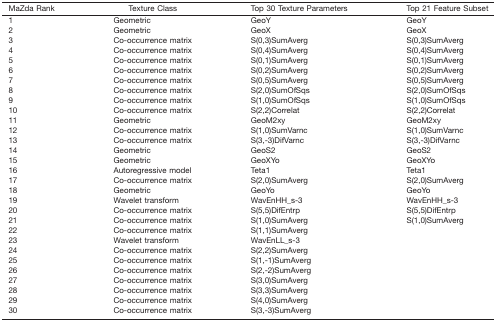
| MaZda Rank | Texture Class | Top 30 Texture Parameters | Top 21 Feature Subset |
 | --- | --- | --- | --- |
 | 1 | Geometric | GeoY | GeoY |
 | 2 | Geometric | GeoX | GeoX |
 | 3 | Co‐occurrence matrix | S(0,3)SumAverg | S(0,3)SumAverg |
 | 4 | Co‐occurrence matrix | S(0,4)SumAverg | S(0,4)SumAverg |
 | 5 | Co‐occurrence matrix | S(0,1)SumAverg | S(0,1)SumAverg |
 | 6 | Co‐occurrence matrix | S(0,2)SumAverg | S(0,2)SumAverg |
 | 7 | Co‐occurrence matrix | S(0,5)SumAverg | S(0,5)SumAverg |
 | 8 | Co‐occurrence matrix | S(2,0)SumOfSqs | S(2,0)SumOfSqs |
 | 9 | Co‐occurrence matrix | S(1,0)SumOfSqs | S(1,0)SumOfSqs |
 | 10 | Co‐occurrence matrix | S(2,2)Correlat | S(2,2)Correlat |
 | 11 | Geometric | GeoM2xy | GeoM2xy |
 | 12 | Co‐occurrence matrix | S(1,0)SumVarnc | S(1,0)SumVarnc |
 | 13 | Co‐occurrence matrix | S(3,‐3)DifVarnc | S(3,‐3)DifVarnc |
 | 14 | Geometric | GeoS2 | GeoS2 |
 | 15 | Geometric | GeoXYo | GeoXYo |
 | 16 | Autoregressive model | Teta1 | Teta1 |
 | 17 | Co‐occurrence matrix | S(2,0)SumAverg | S(2,0)SumAverg |
 | 18 | Geometric | GeoYo | GeoYo |
 | 19 | Wavelet transform | WavEnHH_s‐3 | WavEnHH_s‐3 |
 | 20 | Co‐occurrence matrix | S(5,5)DifEntrp | S(5,5)DifEntrp |
 | 21 | Co‐occurrence matrix | S(1,0)SumAverg | S(1,0)SumAverg |
 | 22 | Co‐occurrence matrix | S(1,1)SumAverg |  |
 | 23 | Wavelet transform | WavEnLL_s‐3 |  |
 | 24 | Co‐occurrence matrix | S(2,2)SumAverg |  |
 | 25 | Co‐occurrence matrix | S(1,‐1)SumAverg |  |
 | 26 | Co‐occurrence matrix | S(2,‐2)SumAverg |  |
 | 27 | Co‐occurrence matrix | S(3,0)SumAverg |  |
 | 28 | Co‐occurrence matrix | S(3,3)SumAverg |  |
 | 29 | Co‐occurrence matrix | S(4,0)SumAverg |  |
 | 30 | Co‐occurrence matrix | S(3,‐3)SumAverg |  |